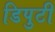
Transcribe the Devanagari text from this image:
डिपुटी